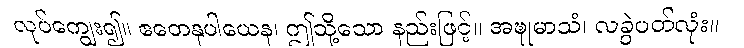
လုပ်ကျွေး၍။ ဧတေနုပါယေန၊ ဤသို့သော နည်းဖြင့်။ အဍ္ဎုမာသံ၊ လခွဲပတ်လုံး။